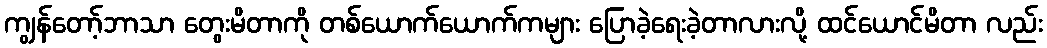
ကျွန်တော့်ဘာသာ တွေးမိတာကို တစ်ယောက်ယောက်ကများ ပြောခဲ့ရေးခဲ့တာလားလို့ ထင်ယောင်မိတာ လည်း